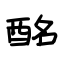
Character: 酩